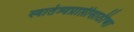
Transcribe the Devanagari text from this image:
स्वातंत्र्यप्राप्तीसाठीचा